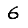
Digit: 6